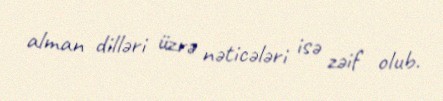
alman dilləri üzrə nəticələri isə zəif olub.